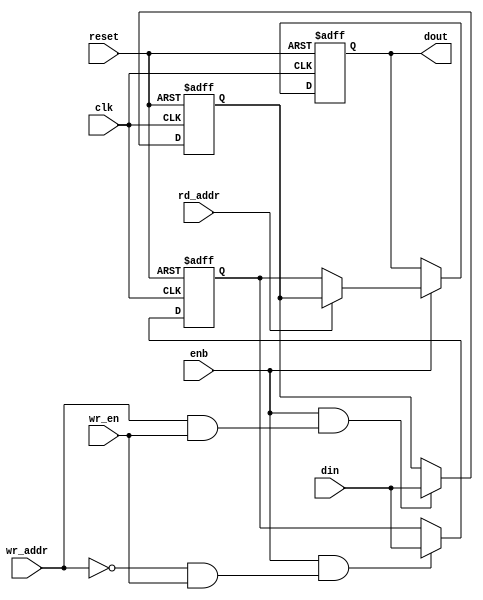
// -------------------------------------------------------------
// 
// 
// Generated by MATLAB 9.8 and HDL Coder 3.16
// 
// -------------------------------------------------------------


// -------------------------------------------------------------
// 
// Module: ramNet_block3
// Source Path: NRPolarDecodeHDL/HDL Algorithm/NR Polar Decoder/TreeMemory/ramNet
// Hierarchy Level: 3
// 
// -------------------------------------------------------------

`timescale 1 ns / 1 ns

module ramNet_block3
          (clk,
           reset,
           enb,
           din,
           wr_addr,
           wr_en,
           rd_addr,
           dout);


  input   clk;
  input   reset;
  input   enb;
  input   [15:0] din;  // ufix16
  input   wr_addr;  // ufix1
  input   wr_en;
  input   rd_addr;  // ufix1
  output  [15:0] dout;  // ufix16


  wire addrComp_0;
  wire wr_0;
  reg [15:0] ramData_0;  // ufix16
  wire addrComp_1;
  wire wr_1;
  reg [15:0] ramData_1;  // ufix16
  wire [15:0] ramDataSel;  // ufix16
  reg [15:0] dout_1;  // ufix16


  assign addrComp_0 = wr_addr == 1'b0;



  assign wr_0 = addrComp_0 & wr_en;



  always @(posedge clk or posedge reset)
    begin : reg_rsvd_process
      if (reset == 1'b1) begin
        ramData_0 <= 16'b0000000000000000;
      end
      else begin
        if (enb && wr_0) begin
          ramData_0 <= din;
        end
      end
    end



  assign addrComp_1 = wr_addr == 1'b1;



  assign wr_1 = addrComp_1 & wr_en;



  always @(posedge clk or posedge reset)
    begin : reg_rsvd_1_process
      if (reset == 1'b1) begin
        ramData_1 <= 16'b0000000000000000;
      end
      else begin
        if (enb && wr_1) begin
          ramData_1 <= din;
        end
      end
    end



  assign ramDataSel = (rd_addr == 1'b0 ? ramData_0 :
              ramData_1);



  always @(posedge clk or posedge reset)
    begin : reg_rsvd_2_process
      if (reset == 1'b1) begin
        dout_1 <= 16'b0000000000000000;
      end
      else begin
        if (enb) begin
          dout_1 <= ramDataSel;
        end
      end
    end



  assign dout = dout_1;

endmodule  // ramNet_block3